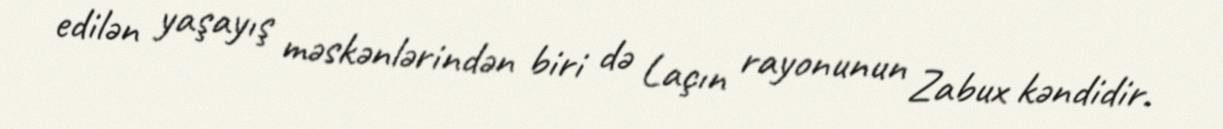
edilən yaşayış məskənlərindən biri də Laçın rayonunun Zabux kəndidir.